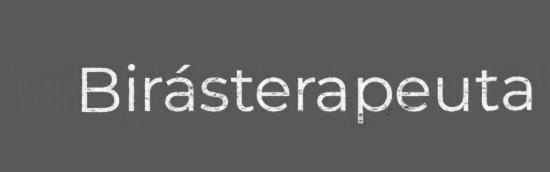
Birásterapeuta